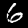
Digit: 6